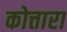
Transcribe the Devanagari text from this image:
कोत्तारा